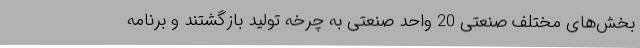
بخش‌های مختلف صنعتی 20 واحد صنعتی به چرخه تولید بازگشتند و برنامه